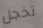
تخجل